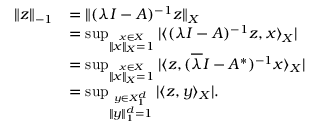
\begin{array} { r l } { \| z \| _ { - 1 } } & { = \| ( \lambda I - A ) ^ { - 1 } z \| _ { X } } \\ & { = \operatorname* { s u p } _ { \stackrel { x \in X } { \| x \| _ { X } = 1 } } \vert \langle ( \lambda I - A ) ^ { - 1 } z , x \rangle _ { X } \vert } \\ & { = \operatorname* { s u p } _ { \stackrel { x \in X } { \| x \| _ { X } = 1 } } \vert \langle z , ( \overline { { \lambda } } I - A ^ { \ast } ) ^ { - 1 } x \rangle _ { X } \vert } \\ & { = \operatorname* { s u p } _ { \stackrel { y \in X _ { 1 } ^ { d } } { \| y \| _ { 1 } ^ { d } = 1 } } \vert \langle z , y \rangle _ { X } \vert . } \end{array}